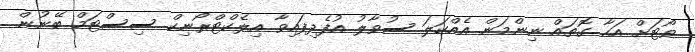
ވޯޓަށް އަހާ ގޮތައް ނިންމަން އެއްކަލަ ސުވާލު އުފެދިފައިވާ އިލެކްޓްރޯނިކް ސިސްޓަމް ބޭނުން